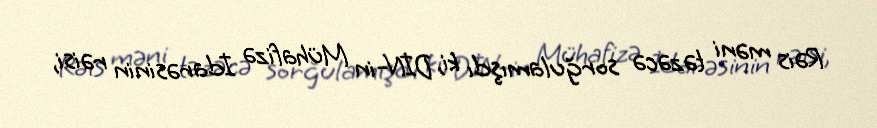
Rəis məni təzəcə sorğulamışdı ki, DİN-in Mühafizə İdarəsinin rəisi,